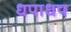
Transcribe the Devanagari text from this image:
धपाधप